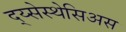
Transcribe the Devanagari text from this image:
द्य्सेस्थेसिअस